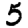
Digit: 5